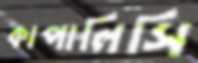
কাপালিসি